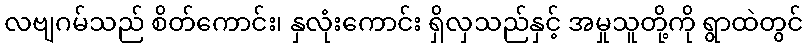
လဗျဂမ်သည် စိတ်ကောင်း၊ နှလုံးကောင်း ရှိလှသည်နှင့် အမှုသူတို့ကို ရွာထဲတွင်